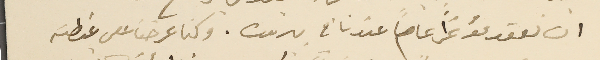
ان نعقد مؤتمراً عاماً عندنا في بيروت. وكنا عرضنا على غبطته